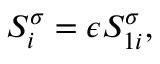
S _ { i } ^ { \sigma } = \epsilon S _ { 1 i } ^ { \sigma } ,